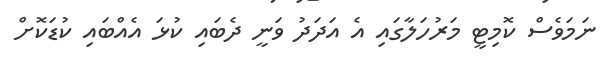
ނަމަވެސް ކޮމިޓީ މަރުހަލާގައި އެ އަދަދު ވަނީ ދެބައި ކުޅަ އެއްބައި ކުޑަކޮށް